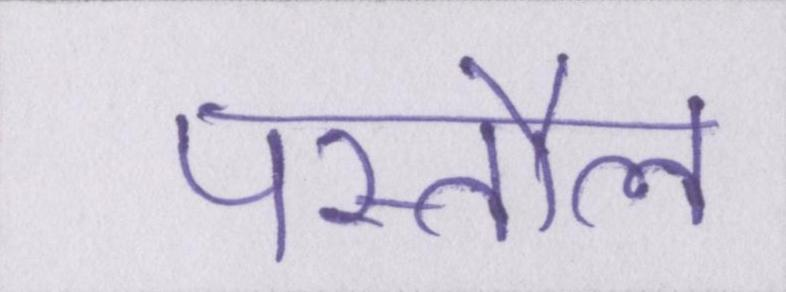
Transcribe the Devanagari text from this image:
पस्तौल